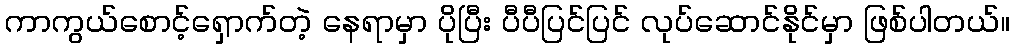
ကာကွယ်စောင့်ရှောက်တဲ့ နေရာမှာ ပိုပြီး ပီပီပြင်ပြင် လုပ်ဆောင်နိုင်မှာ ဖြစ်ပါတယ်။